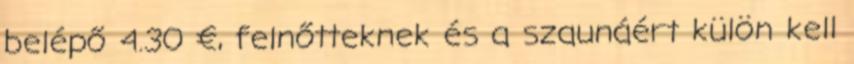
belépő 4.30 €, felnőtteknek és a szaunáért külön kell